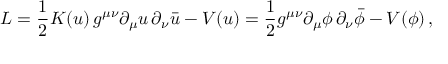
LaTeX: { \cal L } = { \frac { 1 } { 2 } } { \cal K } ( u ) \, g ^ { \mu \nu } \partial _ { \mu } u \, \partial _ { \nu } \bar { u } - V ( u ) = { \frac { 1 } { 2 } } g ^ { \mu \nu } \partial _ { \mu } \phi \, \partial _ { \nu } \bar { \phi } - V ( \phi ) \, ,